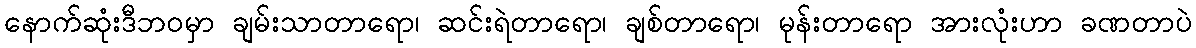
နောက်ဆုံးဒီဘဝမှာ ချမ်းသာတာရော၊ ဆင်းရဲတာရော၊ ချစ်တာရော၊ မုန်းတာရော အားလုံးဟာ ခဏတာပဲ